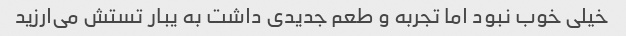
خیلی خوب نبود اما تجربه و طعم جدیدی داشت به یبار تستش می‌ارزید